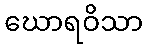
ဃောရဝိသာ